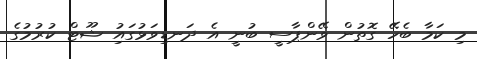
މި ކަމާ ބެހޭ ގޮތުން ވޭންޕާސީ ބުނީ އެ ދަނޑިވަޅުގައިު ޝޫޓް ކުރުމުގެ